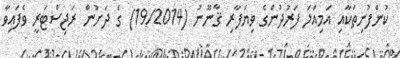
ކުންފުނިތަކާއި އަމިއްލަ ފަރުދުންގެ ވިޔަފާރި ޤާނޫނު (19/2014) ގެ ދަށުން ރަޖިސްޓަރީ ވެފައިވާ